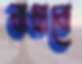
বাধাবো